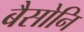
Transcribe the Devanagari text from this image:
बैसोनि